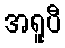
အရူပီ